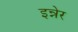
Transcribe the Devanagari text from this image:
इन्नेर